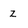
Character: z